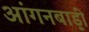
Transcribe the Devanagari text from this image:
आंगनबाड़़ी